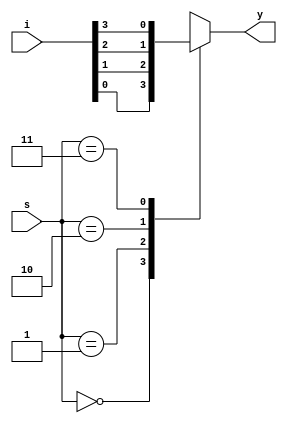
module mux4x1(i, s, y); 
input [3:0] i; 
input[1:0] s; 
output reg y; 
 
//4x1 Mux 
always @(*) 
  begin 
    case (s) // I 
   2'b00: y <=i[0]; // II 
   2'b01: y <=i[1]; 
   2'b10: y <=i[2]; // III 
   2'b11: y <=i[3]; 
   default : y <= 1'b0; 
endcase // IV 
  end 
endmodule